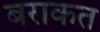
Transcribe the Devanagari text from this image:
बराकत